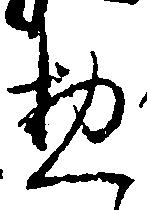
惣